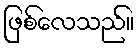
ဖြစ်လေသည်။